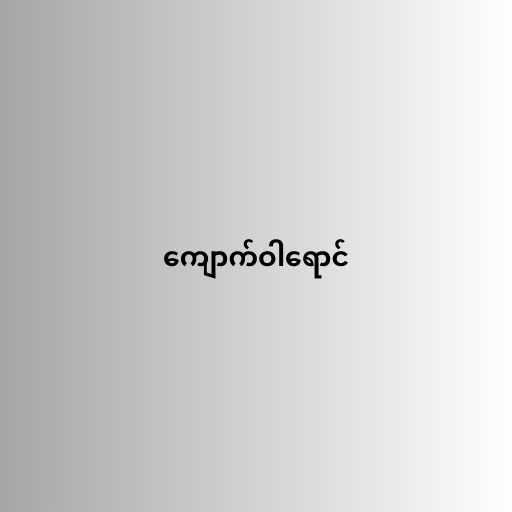
ကျောက်ဝါရောင်